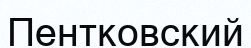
Пентковский